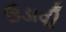
ઉડાવી